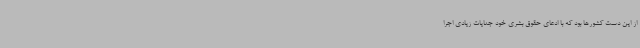
از این دست کشورها بود که با ادعای حقوق بشری خود جنایات زیادی اجرا